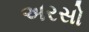
અરસો